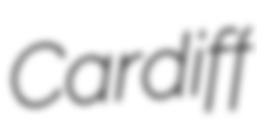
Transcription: Cardiff